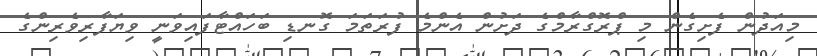
މިއަދުން ފެށިގެން މި ޕްރޮގްރާމްގެ ދަށުން އެންމެ ފުރަތަމަ ގޮނޑި ބަހައްޓާފައިވަނީ ވިޔަފާރިވެރިންގެ